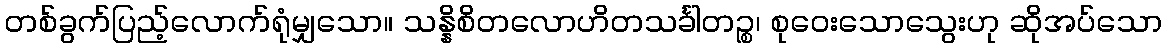
တစ်ခွက်ပြည့်လောက်ရုံမျှသော။ သန္နိစိတလောဟိတသင်္ခါတဉ္စ၊ စုဝေးသောသွေးဟု ဆိုအပ်သော